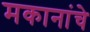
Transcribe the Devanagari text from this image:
मकानांचे